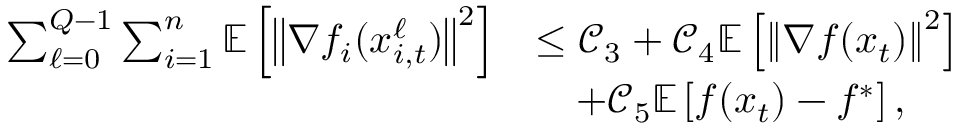
\begin{array} { r l } { \sum _ { \ell = 0 } ^ { Q - 1 } \sum _ { i = 1 } ^ { n } \mathbb { E } \left[ \left\Vert \nabla f _ { i } ( x _ { i , t } ^ { \ell } ) \right\Vert ^ { 2 } \right] } & { \leq \mathcal { C } _ { 3 } + \mathcal { C } _ { 4 } \mathbb { E } \left[ \left\Vert \nabla f ( x _ { t } ) \right\Vert ^ { 2 } \right] } \\ & { \quad + \mathcal { C } _ { 5 } \mathbb { E } \left[ f ( x _ { t } ) - f ^ { * } \right] , } \end{array}